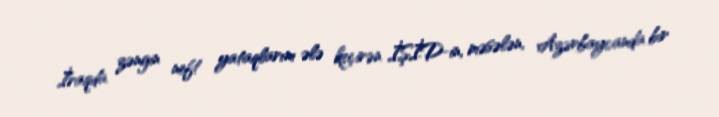
İraqda zəngin neft yataqlarını ələ keçirən İŞİD-in, məsələn, Azərbaycanda bir